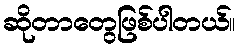
ဆိုတာတွေဖြစ်ပါတယ်။